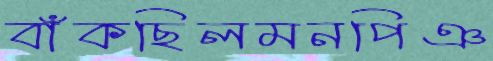
বাঁকছিলমনপিঞ